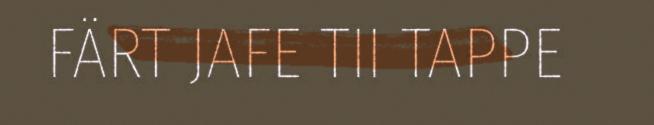
FÄRT JAFE TII TAPPE